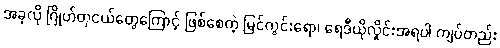
အခုလို ဂြိုဟ်တုငယ်တွေကြောင့် ဖြစ်စေတဲ့ မြင်ကွင်းရော၊ ရေဒီယိုလှိုင်းအရပါ ကျပ်တည်း